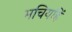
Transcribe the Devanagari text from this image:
मचियहिं